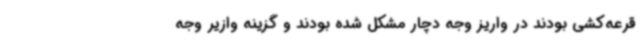
قرعه‌کشی بودند در واریز وجه دچار مشکل شده بودند و گزینه وازیر وجه